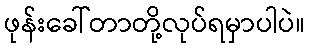
ဖုန်းခေါ်တာတို့လုပ်ရမှာပါပဲ။